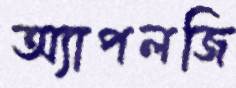
অ্যাপলজি